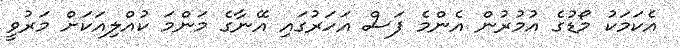
އެކަމަކު މޯޑުގެ އުމުރުން އެންމެ ފަސް އަހަރުގައި އޭނާގެ މަންމަ ކުއްލިއަކަށް މަރުވީ